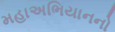
મહાઅભિયાનનો